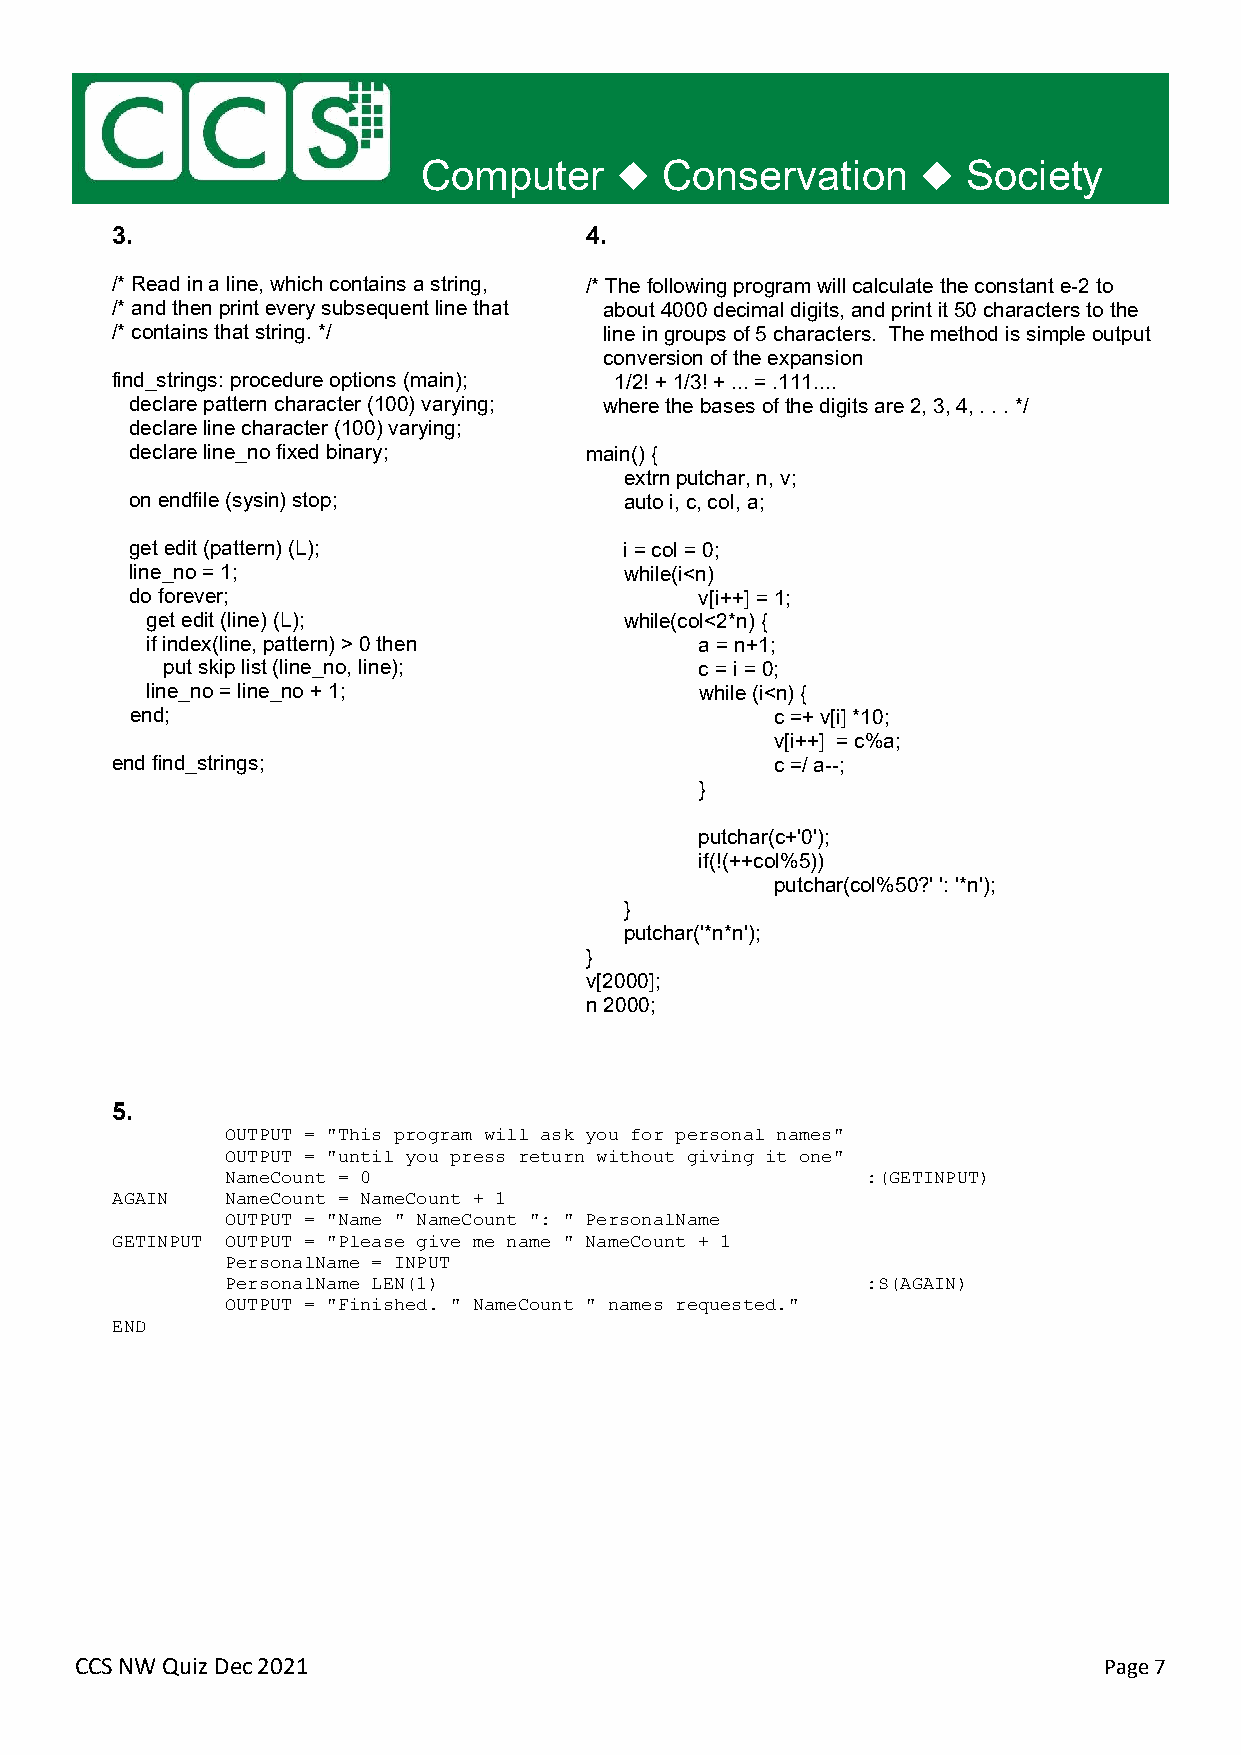
Computer        Conservation        Society
 3.                              4.
 /* Read in a line, which contains a string, /* The following program will calculate the constant e-2 to
 /* and then print every subsequent line that about 4000 decimal digits, and print it 50 characters to the
 /* contains that string. */      line in groups of 5 characters. The method is simple output
 conversion of the expansion
 find_strings: procedure options (main); 1/2! + 1/3! + ... = .111....
 declare pattern character (100) varying; where the bases of the digits are 2, 3, 4, . . . */
 declare line character (100) varying;
 declare line_no fixed binary; main() {
 extrn putchar, n, v;
 on endfile (sysin) stop;        auto i, c, col, a;
 get edit (pattern) (L);         i = col = 0;
 line_no = 1;                    while(i<n)
 do forever;                          v[i++] = 1;
 get edit (line) (L);           while(col<2*n) {
 if index(line, pattern) > 0 then    a = n+1;
 put skip list (line_no, line);     c = i = 0;
 line_no = line_no + 1;              while (i<n) {
 end;                                      c =+ v[i] *10;
 v[i++] = c%a;
 end find_strings;                           c =/ a--;
 }
 putchar(c+'0');
 if(!(++col%5))
 putchar(col%50?' ': '*n');
 }
 putchar('*n*n');
 }
 v[2000];
 n 2000;
 5.
 OUTPUT = "This program will ask you for personal names"
 OUTPUT = "until you press return without giving it one"
 NameCount = 0                             :(GETINPUT)
 AGAIN   NameCount = NameCount + 1
 OUTPUT = "Name " NameCount ": " PersonalName
 GETINPUT OUTPUT = "Please give me name " NameCount + 1
 PersonalName = INPUT
 PersonalName LEN(1)                       :S(AGAIN)
 OUTPUT = "Finished. " NameCount " names requested."
 END
 CCS NW Quiz Dec 2021                                                Page 7